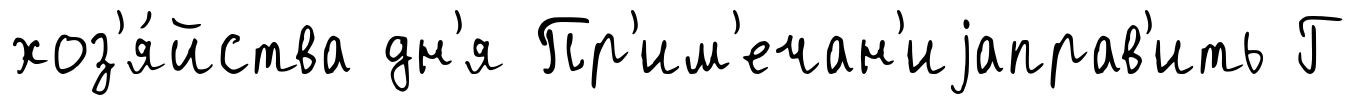
хоз'я́йства дн'я Пр'им'ечан'иjаправ'ить Г